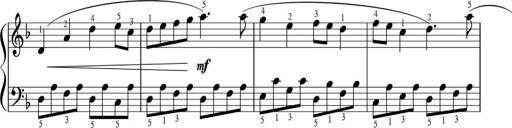
Title: Sonatinas
Composer: Andrew Violette